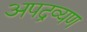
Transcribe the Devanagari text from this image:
अपद्रव्यण